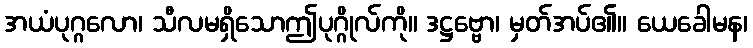
အယံပုဂ္ဂလော၊ သီလမရှိသောဤပုဂ္ဂိုလ်ကို။ ဒဋ္ဌဗ္ဗော၊ မှတ်အပ်၏။ ယေခေါမန၊